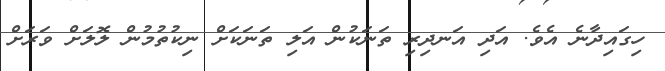
ހިގައިދާނެ އެވެ. އަދި އަނދިރި ތަނަކުން އަލި ތަނަކަށް ނިކުތުމުން ލޮލަށް ވަރަށް